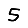
Digit: 5